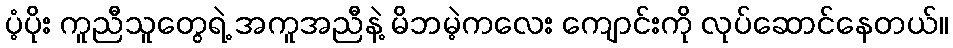
ပံ့ပိုး ကူညီသူတွေရဲ့ အကူအညီနဲ့ မိဘမဲ့ကလေး ကျောင်းကို လုပ်ဆောင်နေတယ်။